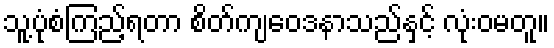
သူ့ပုံစံကြည့်ရတာ စိတ်ကျဝေဒနာသည်နှင့် လုံးဝမတူ။